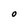
Character: 0